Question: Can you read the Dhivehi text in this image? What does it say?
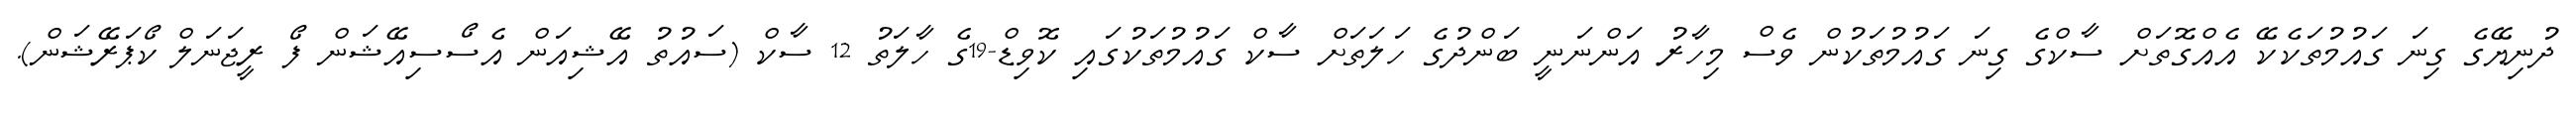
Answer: ދުނިޔޭގެ ގިނަ ގައުމުތަކެކޭ އެއްގޮތަށް ސާކްގެ ގިނަ ގައުމުތަކުން ވެސް މިހާރު އަންނަނީ ބަންދުގެ ހަލަތަށް ސާކް ގައުމުތަކުގައި ކޮވިޑް-19ގެ ހާލަތު 12 ސާކް (ސައުތު އޭޝިއަން އެސޯސިއޭޝަން ފޯ ރީޖަނަލް ކޯޕަރޭޝަން).